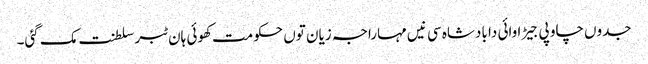
جدوں چاو پی جیڑا وائی دا بادشاہ سی نیں مہاراجہ زیان توں حکومت کھوئی ہان ٹبر سلطنت مک گئی۔